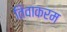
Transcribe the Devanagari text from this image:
तिवाकरम